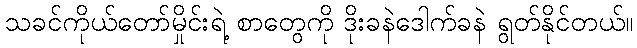
သခင်ကိုယ်တော်မှိုင်းရဲ့ စာတွေကို ဒိုးခနဲဒေါက်ခနဲ ရွတ်နိုင်တယ်။